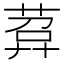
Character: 𦴰